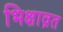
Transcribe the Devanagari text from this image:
भिक्षाव्रत